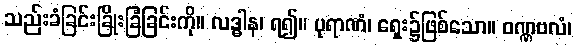
သည်းခံခြင်းခြိုးခြံခြင်းကို။ လဒ္ဓါန၊ ရ၍။ ပုရာဏံ၊ ရှေး၌ဖြစ်သော။ ဝဏ္ဏဗလံ၊